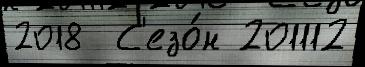
2018  С'езо́н 201112